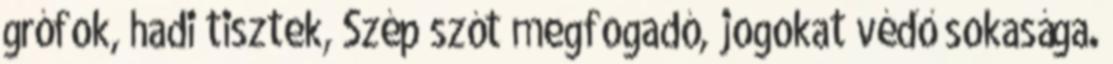
grófok, hadi tisztek, Szép szót megfogadó, jogokat védő sokasága.